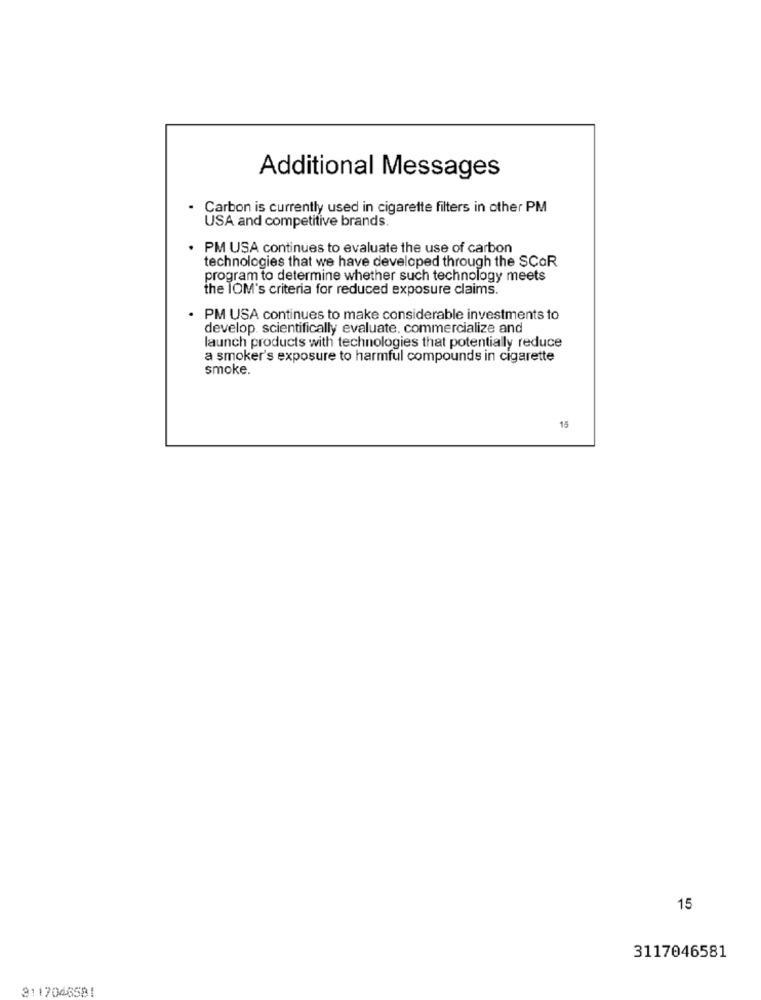
Additional Messages
Carbon is currently used in cigarette filters in other PM
USA and competitive brands.
. PM USA continues to evaluate the use of carbon
technologies that we have developed through the SCOR
program to determine whether such technology meets
the TOM's criteria for reduced exposure claims.
· PM USA continues to make considerable investments to
develop. scientifically evaluate. commercialize and
launch products with technologies that potentially reduce
a smoker's exposure to harmful compounds in cigarette
smoke.
15
15
3117046581
3117046581